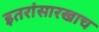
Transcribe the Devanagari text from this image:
इतरांसारखाच